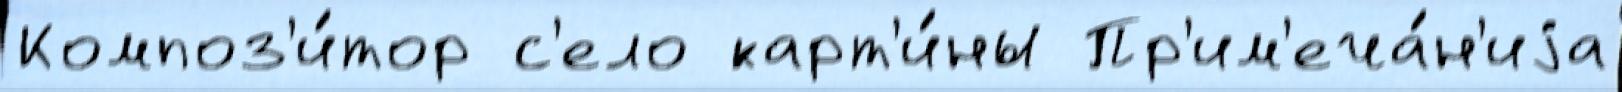
Композ'и́тор с'ело карт'и́ны Пр'им'еча́н'иjа